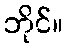
ဘိုင်။